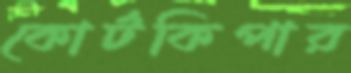
কোর্টকিপার